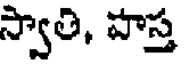
స్వాతి, హస్త